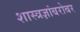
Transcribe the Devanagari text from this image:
शास्त्रज्ञांबरोबर